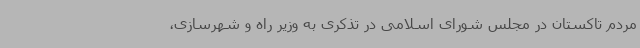
مردم تاکستان در مجلس شورای اسلامی در تذکری به وزیر راه و شهرسازی،